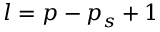
l = p - p _ { s } + 1